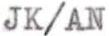
JK/AN